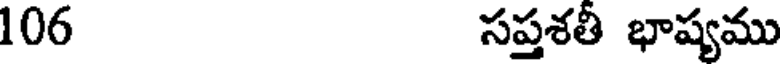
106 సప్తశతీ భాష్యము